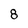
Character: 8